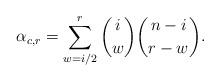
LaTeX: \begin{align*} \alpha_{c,r} &=\sum_{w=i/2}^{r} \binom{i}{w} \binom{n-i}{r-w}.\end{align*}